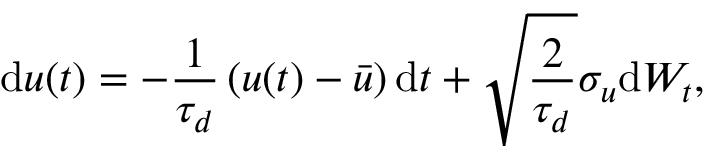
\mathrm { d } u ( t ) = - \frac { 1 } { \tau _ { d } } \left( u ( t ) - \bar { u } \right) \mathrm { d } t + \sqrt { \frac { 2 } { \tau _ { d } } } \sigma _ { u } \mathrm { d } W _ { t } ,